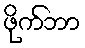
ဖိုက်ဘာ